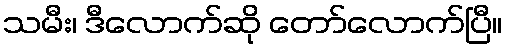
သမီး၊ ဒီလောက်ဆို တော်လောက်ပြီ။